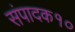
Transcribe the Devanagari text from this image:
संपादक१०